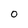
Character: 0